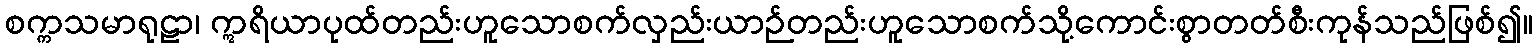
စက္ကသမာရုဠာ၊ ဣရိယာပုထ်တည်းဟူသောစက်လှည်းယာဉ်တည်းဟူသောစက်သို့ကောင်းစွာတတ်စီးကုန်သည်ဖြစ်၍။